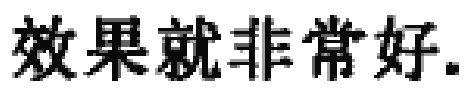
效果就非常好.